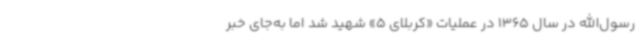
رسول‌الله در سال 1365 در عملیات «کربلای 5» شهید شد اما به‌جای خبر